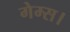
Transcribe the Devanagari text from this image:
गेम्स।